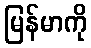
မြန်မာကို